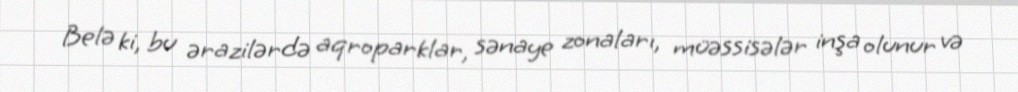
Belə ki, bu ərazilərdə aqroparklar, sənaye zonaları, müəssisələr inşa olunur və